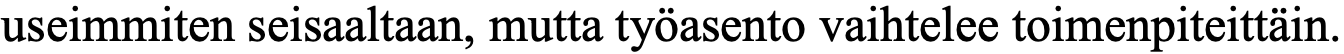
useimmiten seisaaltaan, mutta työasento vaihtelee toimenpiteittäin.